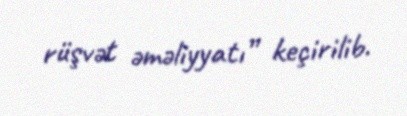
rüşvət əməliyyatı” keçirilib.